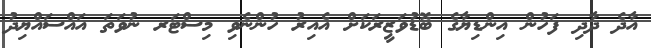
އާދެ ދާދި ފަހުން އިންޑިޔާގެ ބޮޑުވަޒީރަކަށް އެއިރު ހުންނެވި މިސްޓަރ ނުވަތަ އައްސައްޔިދު